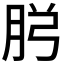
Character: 𮌏